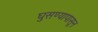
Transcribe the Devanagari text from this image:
घुसण्यापासून